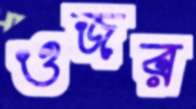
ওজর